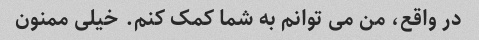
در واقع، من می توانم به شما کمک کنم. خیلی ممنون